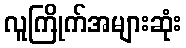
လူကြိုက်အများဆုံး